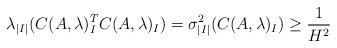
LaTeX: \begin{align*} \lambda_{|I|}(C(A,\lambda)_I^TC(A,\lambda)_I) = \sigma_{|I|}^2(C(A,\lambda)_I) \geq \frac{1}{H^2} \end{align*}